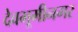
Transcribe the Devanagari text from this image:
देवभूमीनगर